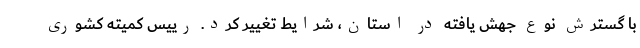
با گسترش نوع جهش یافته در استان، شرایط تغییر کرد. رییس کمیته کشوری